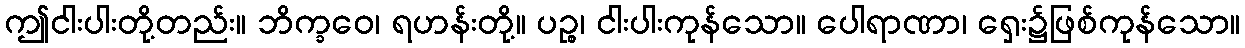
ဤငါးပါးတို့တည်း။ ဘိက္ခဝေ၊ ရဟန်းတို့။ ပဉ္စ၊ ငါးပါးကုန်သော။ ပေါရာဏာ၊ ရှေး၌ဖြစ်ကုန်သော။